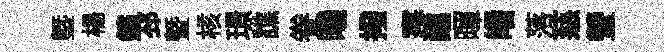
塈楊鑛邳曁核璟譙眷曦撥寒醮暉皤落慈瑩